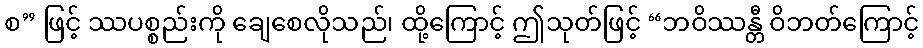
စ” ဖြင့် ဿပစ္စည်းကို ချေစေလိုသည်၊ ထို့ကြောင့် ဤသုတ်ဖြင့် “ဘဝိဿန္တီ ဝိဘတ်ကြောင့်